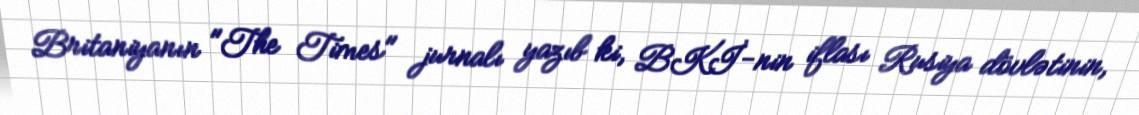
Britaniyanın "The Times" jurnalı yazıb ki, BKİ-nin iflası Rusiya dövlətinin,